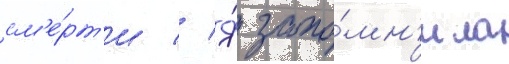
см'е́рт'и // Я́ запо́мн'ила